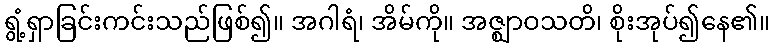
ရွံ့ရှာခြင်းကင်းသည်ဖြစ်၍။ အဂါရံ၊ အိမ်ကို။ အဇ္ဈာဝသတိ၊ စိုးအုပ်၍နေ၏။